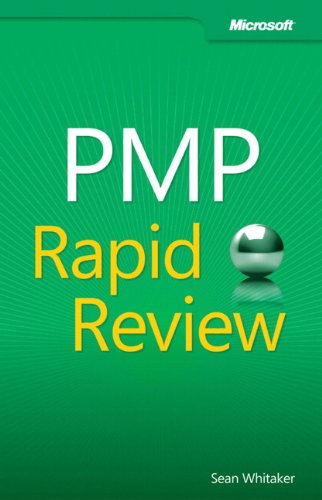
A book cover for PMP Rapid Review; Sean Whitaker; Test Preparation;